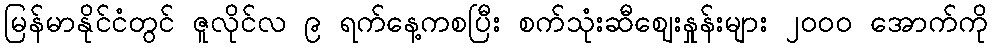
မြန်မာနိုင်ငံတွင် ဇူလိုင်လ ၉ ရက်နေ့ကစပြီး စက်သုံးဆီဈေးနှုန်းများ ၂၀၀၀ အောက်ကို